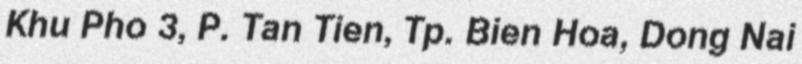
Khu Pho 3, P. Tan Tien, Tp. Bien Hoa, Dong Nai